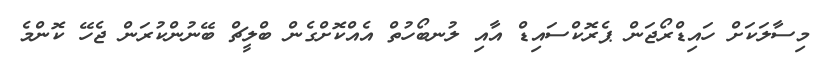
މިސާލަކަށް ހައިޑްރޯޖަން ޕެރޮކްސައިޑް އާއި ލުނބޯހުތް އެއްކޮށްގެން ބްލީޗް ބޭނުންކުރަން ޖެހޭ ކޮންމެ